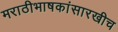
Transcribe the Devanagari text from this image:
मराठीभाषकांसारखीच